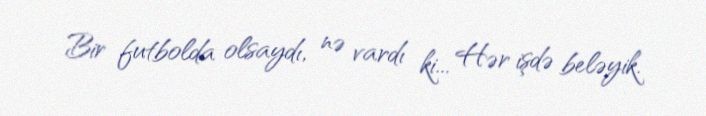
Bir futbolda olsaydı, nə vardı ki... Hər işdə beləyik.